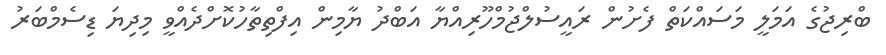
ބްރިޖުގެ އަމަލީ މަސައްކަތް ފެށުން ރައީސުލްޖުމްހޫރިއްޔާ އަބްދު ޔާމިން އިފްތިތާހުކޮށްދެއްވީ މިދިޔަ ޑިސެމްބަރު